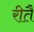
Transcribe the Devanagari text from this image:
रीतै